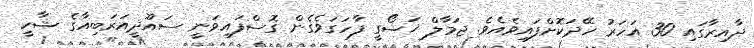
ދާއިރާގައި 30 އަހަރު ހޭދަކޮށްފައިވެއެވެ. ޖަމާލް ޚަޝޯގީ ފާހަގަވެގެން ގޮސްފައިވަނީ ސައޫދީއަރަބިއާގެ ޝާހީ